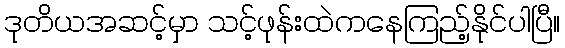
ဒုတိယအဆင့်မှာ သင့်ဖုန်းထဲကနေကြည့်နိုင်ပါပြီ။